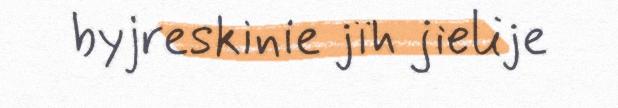
byjreskinie jïh jielije